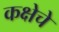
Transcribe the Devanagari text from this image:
कक्षेचे